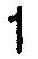
1